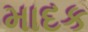
માદક